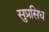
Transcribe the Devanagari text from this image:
सुप्रसिध